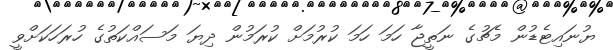
ޔުނައިޓެޑުން މެޗުގެ ނަތީޖާ ހަމަ ހަމަ ކުރުމަށް ކުރަމުން ދިޔަ މަސައްކަތުގެ ހުރަހަކަށްވީ